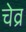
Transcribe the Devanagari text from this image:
चेव्र